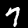
Digit: 7